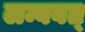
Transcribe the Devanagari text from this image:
लम्बबत्